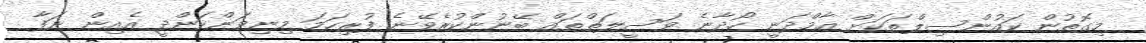
މިގޮތުން ކައުންސިލްތަކަށް އާމްދަނީ ހޯދާނެ ވަސީލަތްތައް ބޭނުންކުރެވޭނެ ފުރިހަމަ މިނިވަންކަންދީ އެއިން ނަފާ